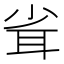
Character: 𦕉